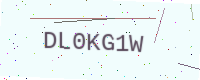
Text: DL0KG1W